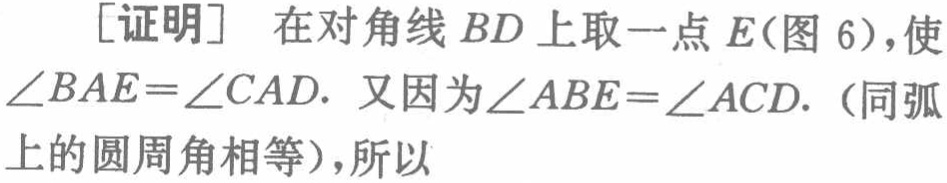
[证明] 在对角线 \(BD\) 上取一点 \(E\)(图 6)，使\(\angle BAE = \angle CAD\). 又因为\(\angle ABE=\angle ACD\).（同弧上的圆周角相等），所以